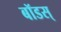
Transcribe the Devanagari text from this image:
बॉडस्